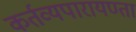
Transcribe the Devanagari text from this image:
कर्तव्यपारायण्ता